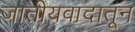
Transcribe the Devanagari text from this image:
जातीयवादातून